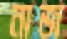
নাজ